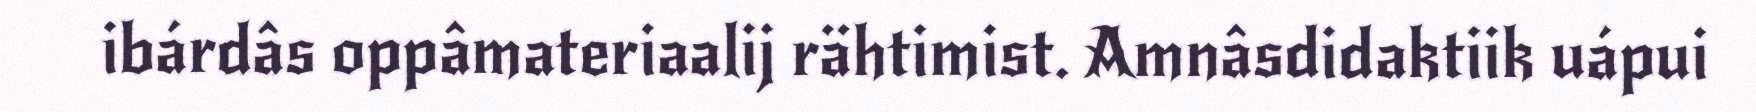
ibárdâs oppâmateriaalij rähtimist. Amnâsdidaktiik uápui